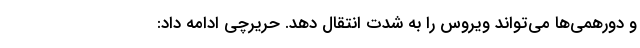
و دورهمی‌ها می‌تواند ویروس را به شدت انتقال دهد. حریرچی ادامه داد: